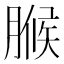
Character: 𮌧